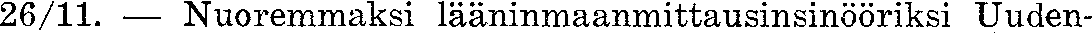
26/11. — Nuoremmaksi lääninmaanmittausinsinööriksi Uuden-